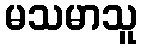
မသမာသူ